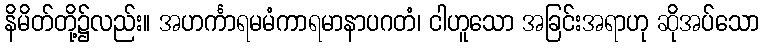
နိမိတ်တို့၌လည်း။ အဟင်္ကာရမမံကာရမာနာပဂတံ၊ ငါဟူသော အခြင်းအရာဟု ဆိုအပ်သော